Investigations on Bengal jail dietaries - Number 37
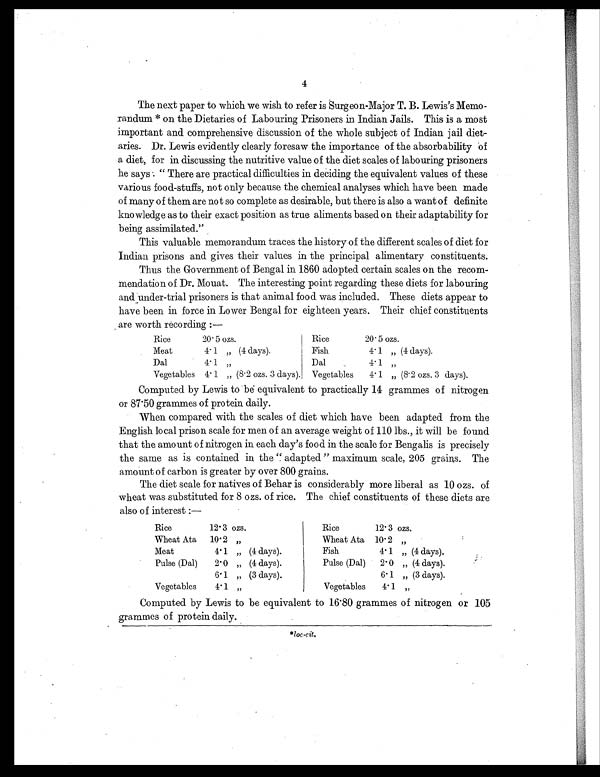
4
The next paper to which we wish to refer is Surgeon-Major T. B. Lewis's Memo-
randum * on the Dietaries of Labouring Prisoners in Indian Jails. This is a most
important and comprehensive discussion of the whole subject of Indian jail diet-
aries. Dr. Lewis evidently clearly foresaw the importance of the absorbability of
a diet, for in discussing the nutritive value of the diet scales of labouring prisoners
h e s a y s : " T h e r e a r e p r a c t i c a l d i f f i c u l t i e s i n d e c i d i n g t h e e q u i v a l e n t v a l u e s o f t h e s e
various food-stuffs, not only because the chemical analyses which have been made
of many of them are not so complete as desirable, but there is also a want of definite
knowledge as to their exact position as true aliments based on their adaptability for
being assimilated."
This valuable memorandum traces the history of the different scales of diet for
Indian prisons and gives their values in the principal alimentary constituents.
Thus the Government of Bengal in 1860 adopted certain scales on the recom-
mendation of Dr. Mouat. The interesting point regarding these diets for labouring
and under-trial prisoners is that animal food was included. These diets appear to
have been in force in Lower Bengal for eighteen years. Their chief constituents
are worth recording :—
Rice
20.5 ozs.
Rice
20.5 ozs.
Meat
4.1 " (4 days).
Fish
4.1
" (4 days).
Dal
4. 1 "
Dal
4.1
"
Vegetables 4.1 " (8.2 ozs. 3 days). Vegetables
4.1
" (8.2 ozs. 3 days).
Computed by Lewis to be equivalent to practically 14 grammes of nitrogen
or 87.50 grammes of protein daily.
When compared with the scales of diet which have been adapted from the
English local prison scale for men of an average weight of 110 lbs., it will be found
that the amount of nitrogen in each day's food in the scale for Bengalis is precisely
the same as is contained in the "adapted" maximum scale, 205 grains. The
amount of carbon is greater by over 800 grains.
The diet scale for natives of Behar is considerably more liberal as 10 ozs. of
wheat was substituted for 8 ozs. of rice. The chief constituents of these diets are
also of interest :—
Rice
12.3 ozs.
Rice
12.3 ozs.
Wheat Ata
10.2 "
Wheat Ata 10.2
"
Meat
4.1 " (4 days).
Fish
4.1
" (4 days).
Pulse (Dal)
2.0 " (4 days).
Pulse (Dal)
2.0
" (4 days).
6.1 " (3 days).
6.1
" (3 days).
Vegetables
4.1 "
Vegetables
4.1
"
Computed by Lewis to be equivalent to 16.80 grammes of nitrogen or 105
grammes of protein daily.
*loc-cit.